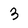
Character: 3